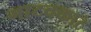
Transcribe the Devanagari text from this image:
गाटवकाटे